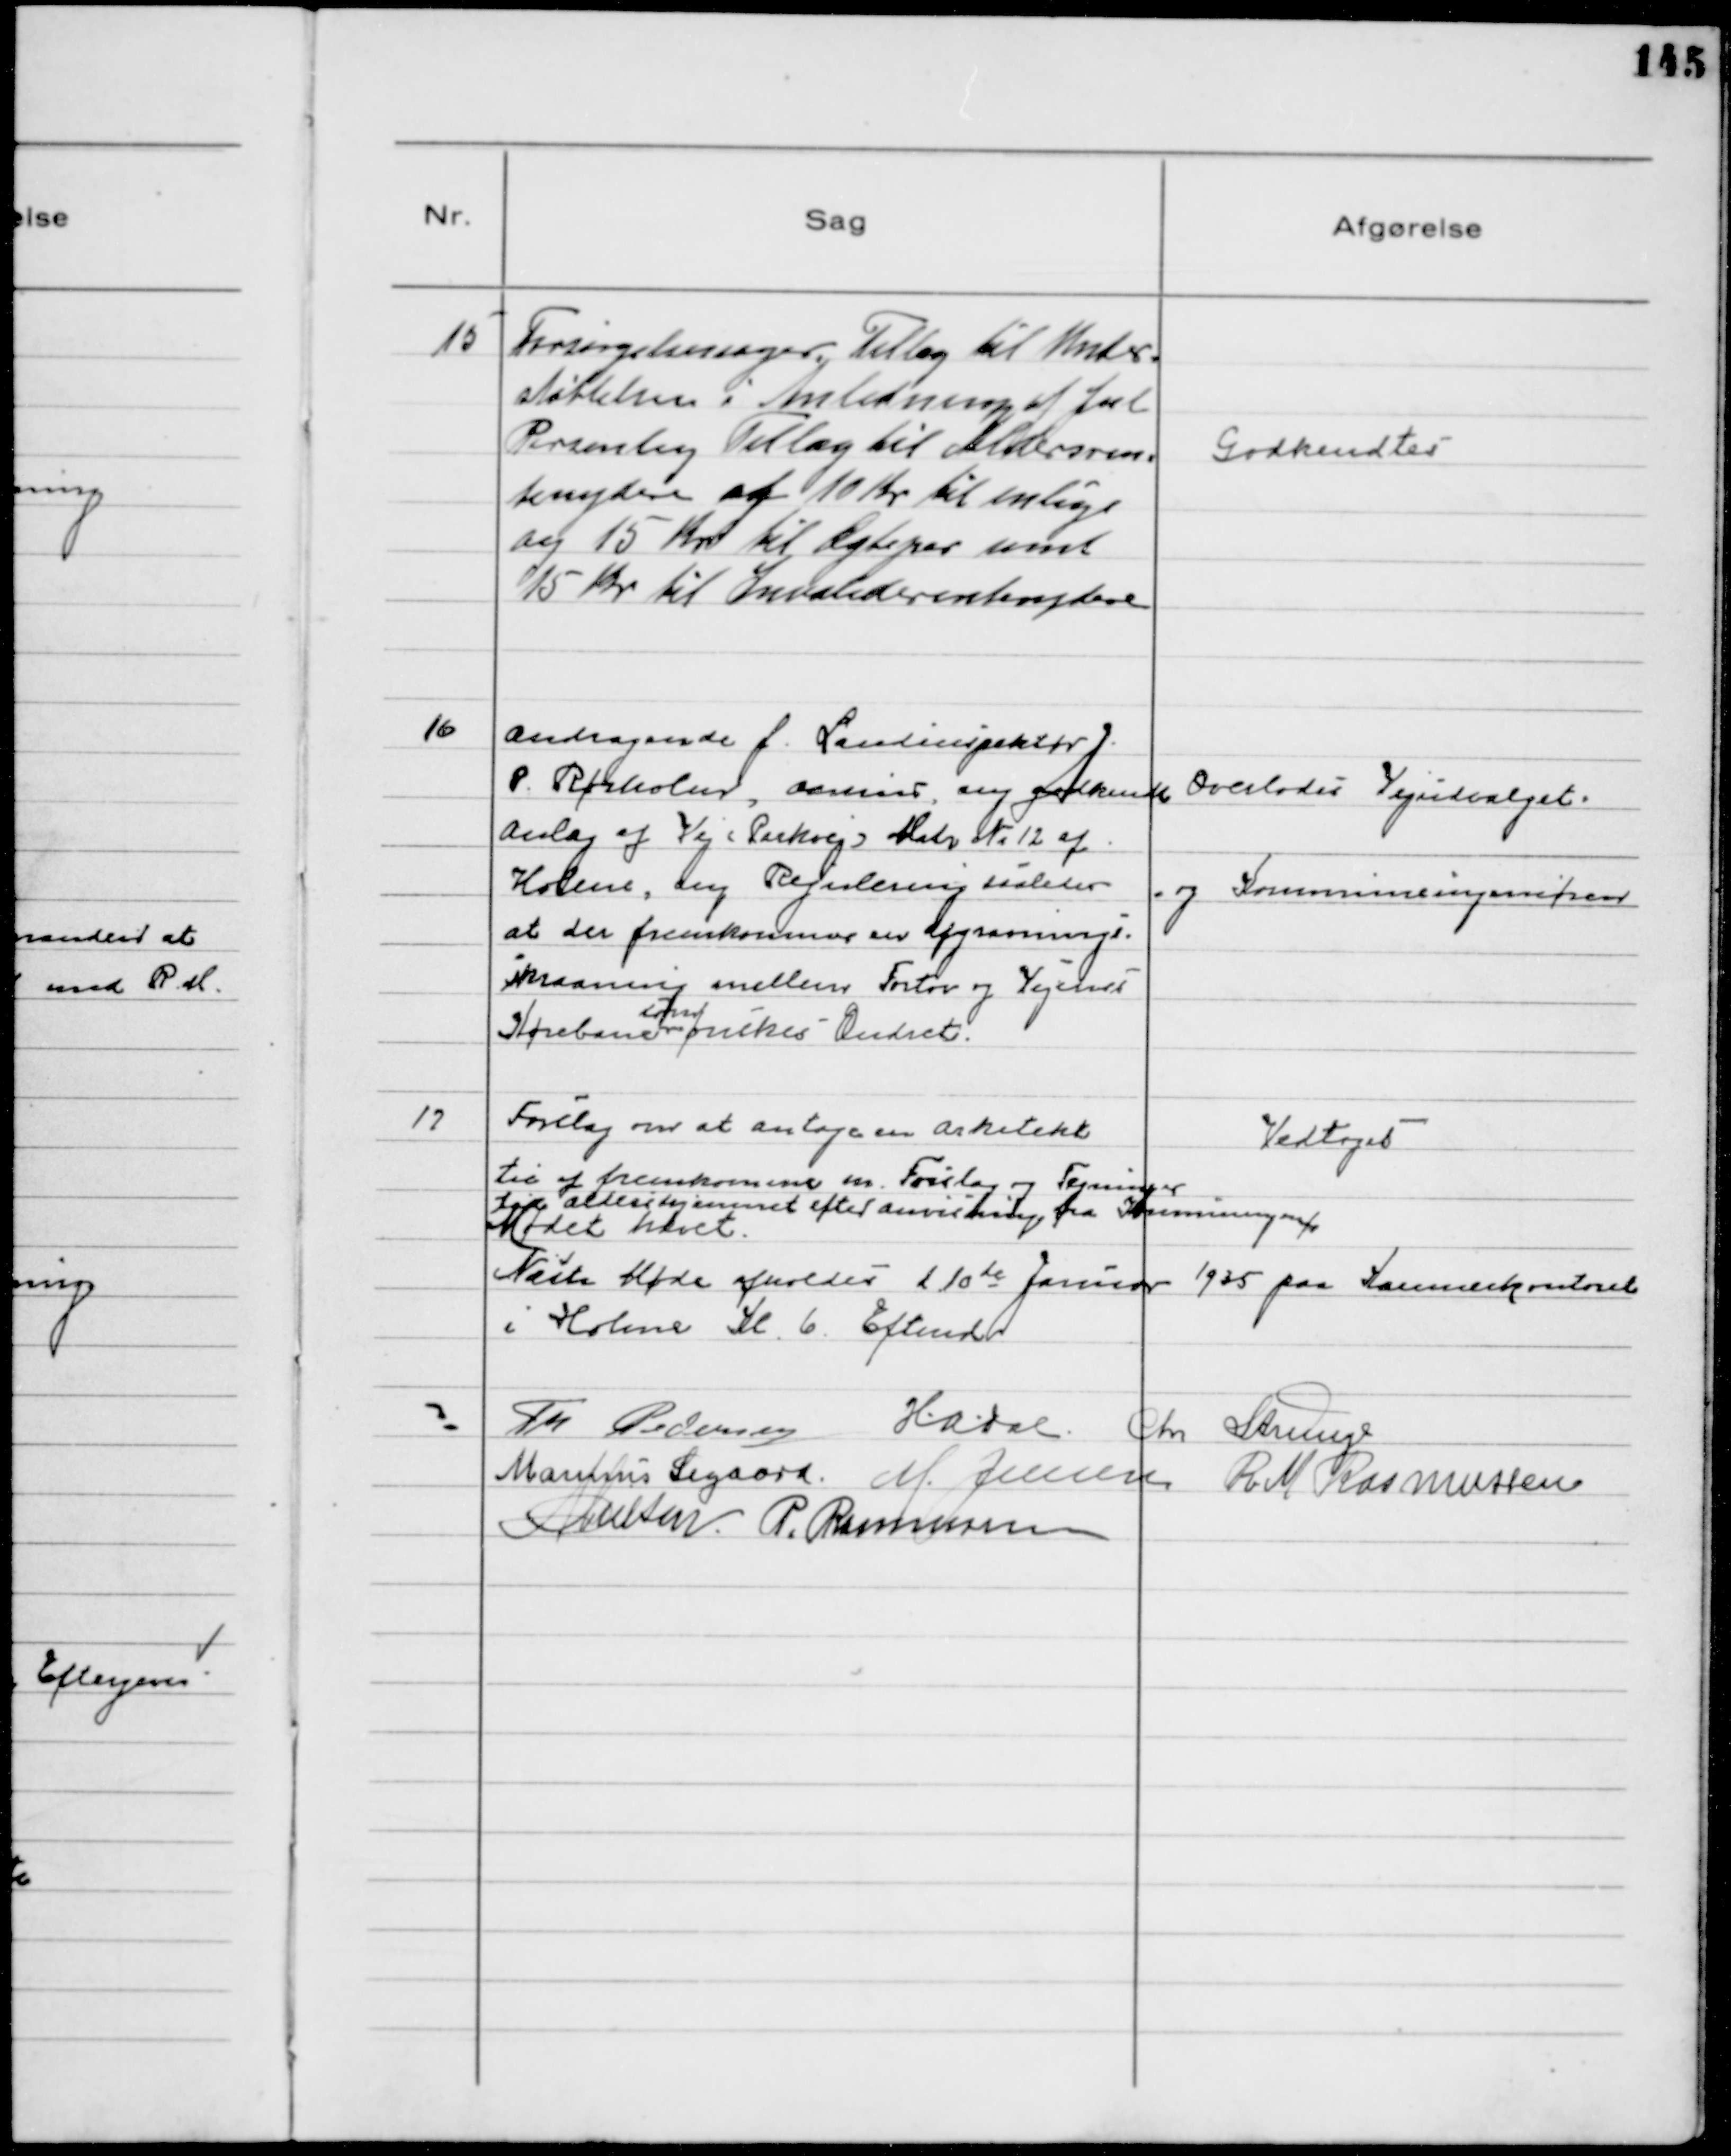
Transskription:
15
Forsørgelsessager, Tillæg til Under= 
støttelsen i Anledning af Jul
Personlig Tillæg til Aldersren=
tenydere af 10 Kr til enlige
og 15 Kr til Ægtepar samt
15 Kr til Invaliderentenydere

Godkendtes

16
Andragende f. Landinspektør J.
P. Rørholm, Aarhus, ang. godkendt
Anlæg af Vej (Parkvej) Matr № 12 af
Holme, ang Regulering saaledes 
at der fremkommer en Afgrænsnings-
skraaning mellem Fortov og Vejenes
Kørebane
som
ønskes Ændret.
Overlodes Vejudvalget
og Kommuneingeniøren

17
Forslag om at antage en Arkitekt
til af fremkomme m. Forslag og Tegninger
til aldershjemmet efter anvisning fra Kommuneingeniøren
Vedtaget 
Mødet hævet.
Næste Møde afholdes d 10de Januar 1935 paa Kommunekontoret
i Holme Kl. 6. Eftmd.
Th Pedersen
H.A. Dal Chr Strunge
Marinus Sigaard M. Jensen R M Rasmussen
N Nielsen P. Rasmussen